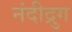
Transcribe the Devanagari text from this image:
नंदीद्रुग